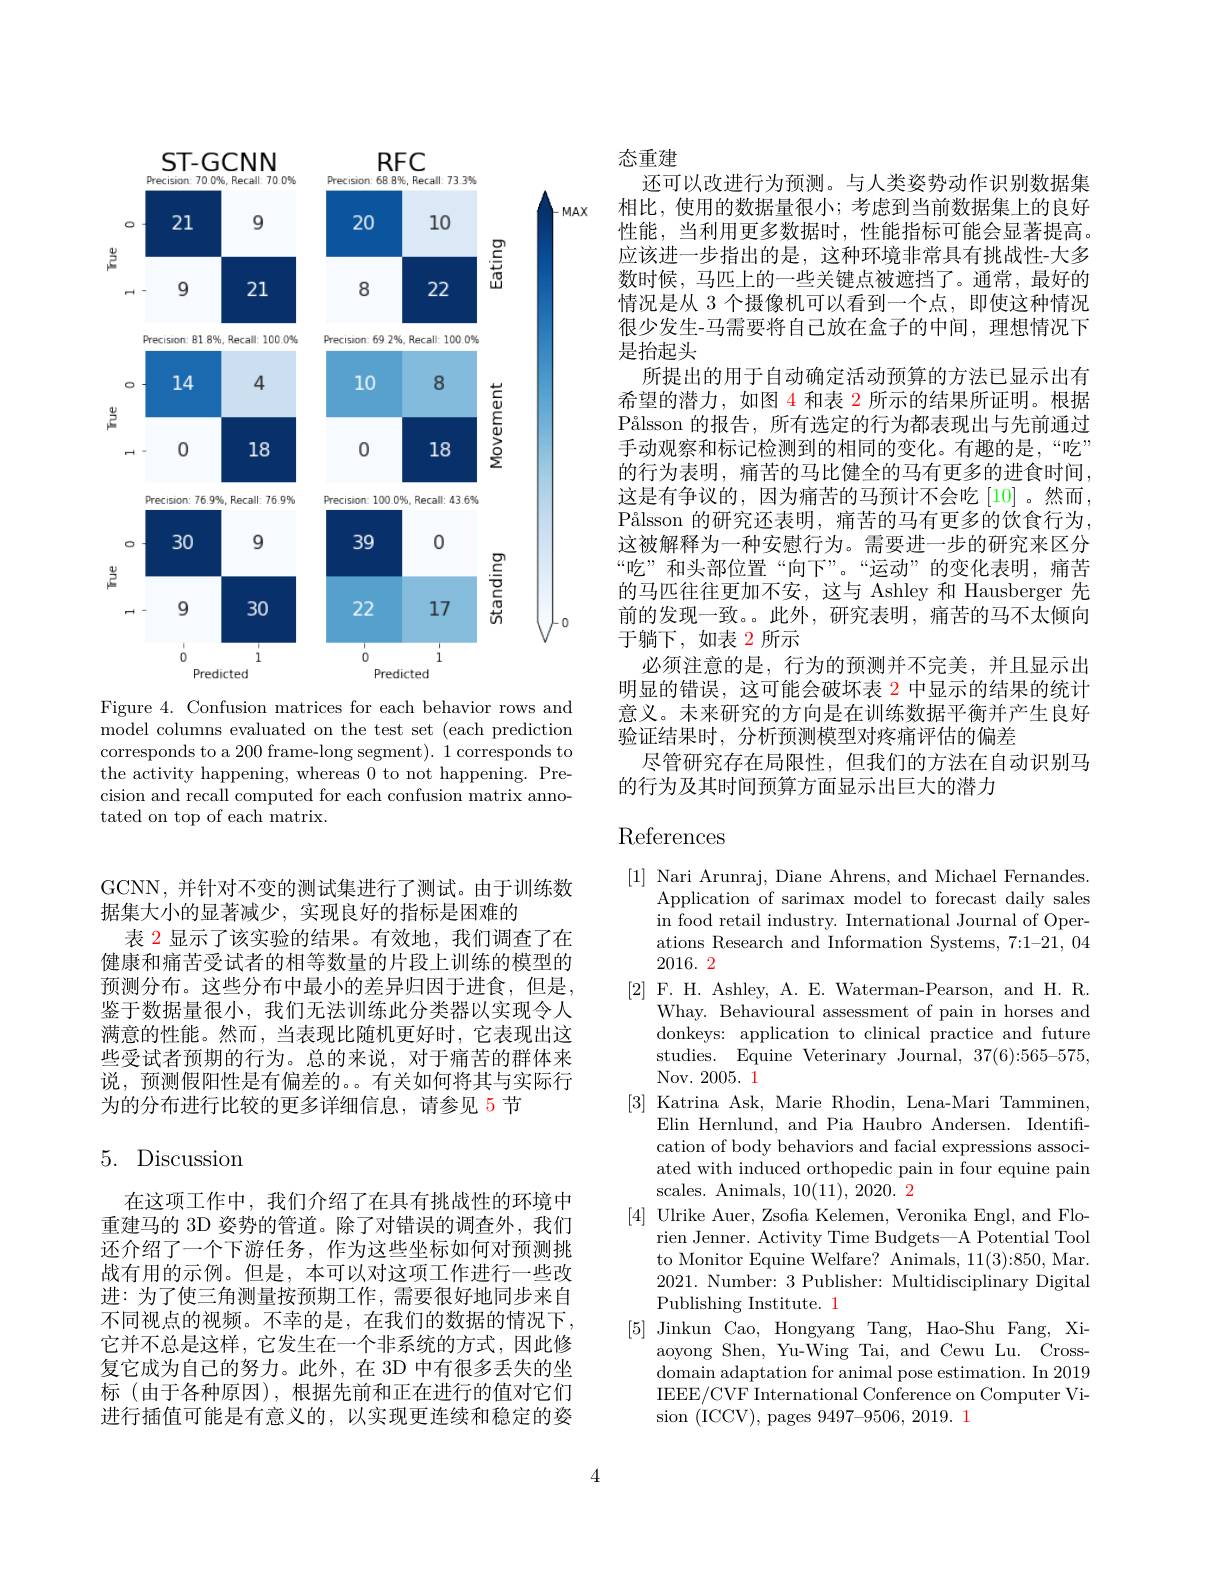
<FigureHere>
Figure 4. Confusion matrices for each behavior rows and

model columns evaluated on the test set (each prediction corresponds to a 200 frame-long segment). 1 corresponds to the activity happening, whereas 0 to not happening. Precision and recall computed for each confusion matrix annotated on top of each matrix.

态重建
还可以改进行为预测。与人类姿势动作识别数据集相比，使用的数据量很小；考虑到当前数据集上的良好性能，当利用更多数据时，性能指标可能会显著提高。应该进一步指出的是，这种环境非常具有挑战性-大多数时候，马匹上的一些关键点被遮挡了。通常，最好的情况是从 3 个摄像机可以看到一个点，即使这种情况很少发生-马需要将自己放在盒子的中间，理想情况下是抬起头
所提出的用于自动确定活动预算的方法已显示出有希望的潜力，如图 4 和表 2 所示的结果所证明。根据Pålsson 的报告，所有选定的行为都表现出与先前通过手动观察和标记检测到的相同的变化。有趣的是，“吃” 的行为表明，痛苦的马比健全的马有更多的进食时间， 这是有争议的，因为痛苦的马预计不会吃[10]。然而， Pålsson 的研究还表明，痛苦的马有更多的饮食行为， 这被解释为一种安慰行为。需要进一步的研究来区分“吃”和头部位置“向下”。“运动”的变化表明，痛苦的马匹往往更加不安，这与 Ashley 和 Hausberger 先前的发现一致。此外，研究表明，痛苦的马不太倾向于躺下，如表 2 所示
必须注意的是，行为的预测并不完美，并且显示出明显的错误，这可能会破坏表 2 中显示的结果的统计意义。未来研究的方向是在训练数据平衡并产生良好验证结果时，分析预测模型对疼痛评估的偏差
尽管研究存在局限性，但我们的方法在自动识别马
的行为及其时间预算方面显示出巨大的潜力

# References

[1] Nari Arunraj, Diane Ahrens, and Michael Fernandes.
Application of sarimax model to forecast daily sales in food retail industry. International Journal of Operations Research and Information Systems, 7:1-21, 042016. 2
[2] F. H. Ashley, A. E. Waterman-Pearson, and H. R.
Whay. Behavioural assessment of pain in horses and donkeys: application to clinical practice and future studies. Equine Veterinary Journal, 37(6):565-575, Nov. 2005. 1
[3] Katrina Ask, Marie Rhodin, Lena-Mari Tamminen,
Elin Hernlund, and Pia Haubro Andersen. Identification of body behaviors and facial expressions associated with induced orthopedic pain in four equine pain scales. Animals, $10(11),2020.\color{#C00}{2}$
[4] Ulrike Auer, Zsofa Kelemen, Veronika Engl, and Flo-
rien Jenner. Activity Time Budgets—A Potential Tool to Monitor Equine Welfare? Animals, 11(3):850, Mar. 2021. Number: 3 Publisher: Multidisciplinary Digital Publishing Institute. 1
[5] Jinkun Cao, Hongyang Tang, Hao-Shu Fang, Xi-
aoyong Shen, Yu-Wing Tai, and Cewu Lu. Crossdomain adaptation for animal pose estimation. In 2019 IEEE/CVF International Conference on Computer Vision (ICCV),pages 9497-9506,2019.1

GCNN,并针对不变的测试集进行了测试。由于训练数
据集大小的显著减少，实现良好的指标是困难的
表 2 显示了该实验的结果。有效地，我们调查了在健康和痛苦受试者的相等数量的片段上训练的模型的预测分布。这些分布中最小的差异归因于进食，但是， 鉴于数据量很小，我们无法训练此分类器以实现令人满意的性能。然而，当表现比随机更好时，它表现出这些受试者预期的行为。总的来说，对于痛苦的群体来说，预测假阳性是有偏差的。有关如何将其与实际行为的分布进行比较的更多详细信息，请参见 5节

# 5. Discussion

在这项工作中，我们介绍了在具有挑战性的环境中重建马的 3D 姿势的管道。除了对错误的调查外，我们还介绍了一个下游任务，作为这些坐标如何对预测挑战有用的示例。但是，本可以对这项工作进行一些改进：为了使三角测量按预期工作，需要很好地同步来自不同视点的视频。不幸的是，在我们的数据的情况下， 它并不总是这样，它发生在一个非系统的方式，因此修复它成为自己的努力。此外，在 3D 中有很多丢失的坐标(由于各种原因),根据先前和正在进行的值对它们进行插值可能是有意义的，以实现更连续和稳定的姿

4